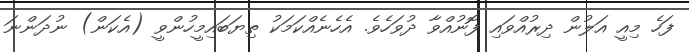
ފަހެ މިއީ އަލުން ދިރުއްވައި ފޮނުއްވާ ދުވަހެވެ. އެެހެނެއްކަމަކު ތިޔަބައިމީހުންވީ (އެކަން) ނުދަންނަ